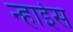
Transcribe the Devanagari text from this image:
न्हाईस